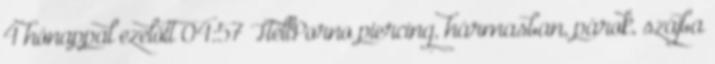
4 hónappal ezelőtt 04:57 HellPorno piercing, hármasban, párok, szájba